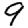
Digit: 9